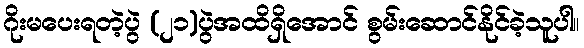
ဂိုးမပေးရတဲ့ပွဲ (၂၁)ပွဲအထိရှိအောင် စွမ်းဆောင်နိုင်ခဲ့သူပါ။